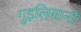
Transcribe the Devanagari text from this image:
गुइलियानो